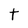
Character: t